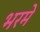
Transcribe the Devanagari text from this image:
भरमे